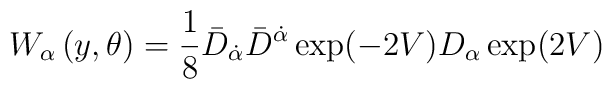
W_\alpha \left( y,\theta \right) =\frac{1}{8}\bar D_{\dot\alpha} \bar D^{\dot\alpha} \exp(-2 V) D_\alpha  \exp(2 V)